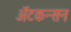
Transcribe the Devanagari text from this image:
ॲटकन्सन